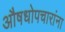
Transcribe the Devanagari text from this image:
औषधोपचारांना